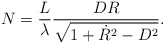
\begin{align*}N = \frac{L}{\lambda} \frac{DR}{\sqrt{1 + \dot{R}^2 - D^2}}.\end{align*}